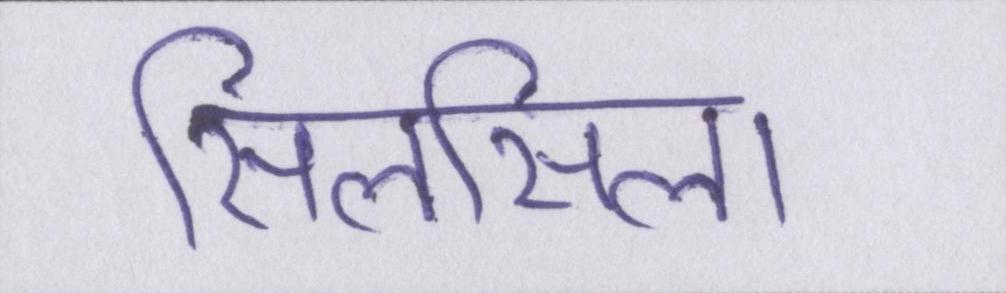
सिलसिला